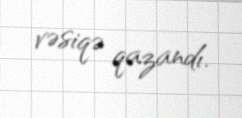
vəsiqə qazandı.